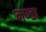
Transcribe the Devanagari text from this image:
मण्डा